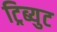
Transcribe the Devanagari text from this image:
ट्रिब्युट